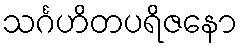
သင်္ဂဟိတပရိဇနော